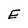
Character: E